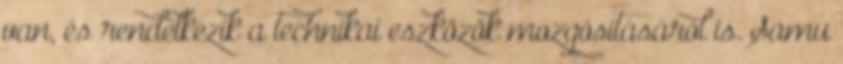
van, és rendelkezik a technikai eszközök mozgósításáról is. Samu